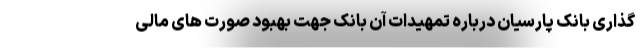
گذاری بانک پارسیان درباره تمهیدات آن بانک جهت بهبود صورت های مالی